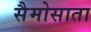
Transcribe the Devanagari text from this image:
सैमोसाता